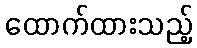
ထောက်ထားသည့်